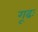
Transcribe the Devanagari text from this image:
गूढः